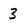
Character: 3